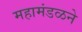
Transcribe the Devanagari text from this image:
महामंडळने